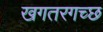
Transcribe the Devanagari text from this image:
खगतरगच्छ